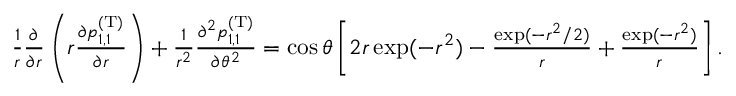
\begin{array} { r } { \frac { 1 } { r } \frac { \partial } { \partial r } \left( r \frac { \partial p _ { 1 , 1 } ^ { \mathrm { ( T ) } } } { \partial r } \right) + \frac { 1 } { r ^ { 2 } } \frac { \partial ^ { 2 } p _ { 1 , 1 } ^ { \mathrm { ( T ) } } } { \partial \theta ^ { 2 } } = \cos \theta \left[ 2 r \exp ( - r ^ { 2 } ) - \frac { \exp ( - r ^ { 2 } / 2 ) } { r } + \frac { \exp ( - r ^ { 2 } ) } { r } \right] . } \end{array}